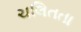
ચલિતતા